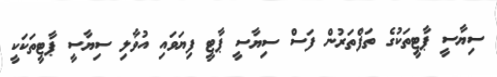
ސިޔާސީ ޕާޓީތަކުގެ ތަފްތަރުން ފަސް ސިޔާސީ ޕާޓީ ފިޔަވައި އުވާލި ސިޔާސީ ޕާޓީތަކަކީ